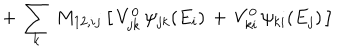
+ \, \sum _ { k } \, M _ { 1 2 , i j } \, \big [ \, V _ { j k } ^ { 0 } \, \psi _ { j k } ( E _ { i } ) \, + \, V _ { k i } ^ { 0 } \, \psi _ { k i } ( E _ { j } ) \, \big ]